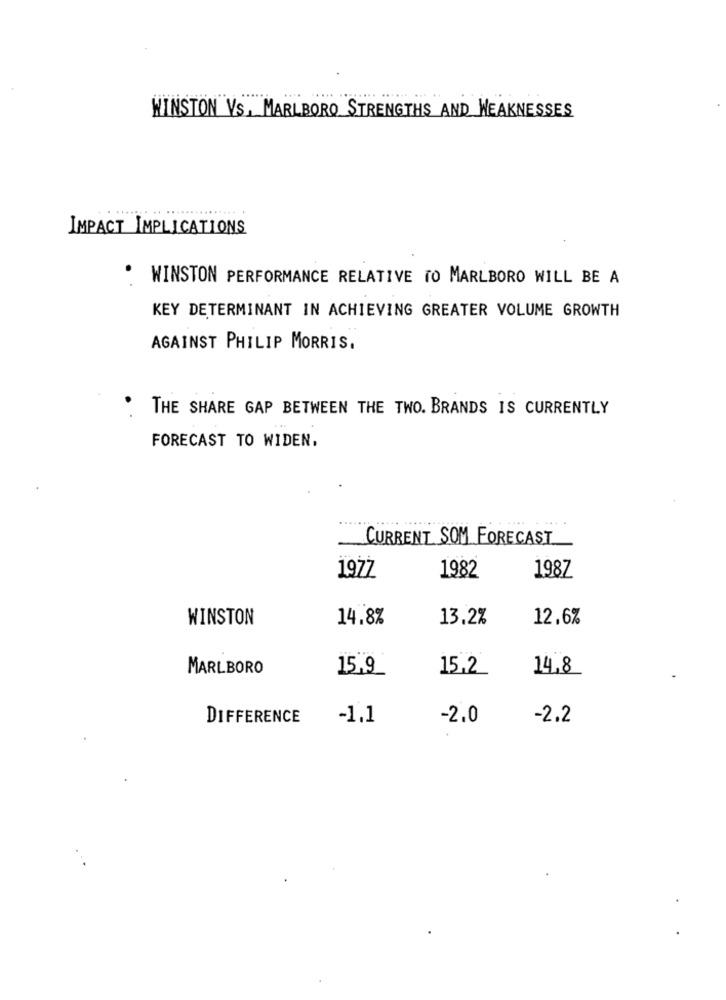
WINSTON VS, MARLBORO STRENGTHS AND WEAKNESSES
IMPACT IMPLICATIONS
. WINSTON PERFORMANCE RELATIVE TO MARLBORO WILL BE A
KEY DETERMINANT IN ACHIEVING GREATER VOLUME GROWTH
AGAINST PHILIP MORRIS.
THE SHARE GAP BETWEEN THE TWO. BRANDS IS CURRENTLY
FORECAST TO WIDEN.
CURRENT SOM FORECAST
1982
198Z
1977
WINSTON
14.8%
13.2%
12.6%
MARLBORO
15,9
15.2
14,8
DIFFERENCE
-1.1
-2.0
-2.2